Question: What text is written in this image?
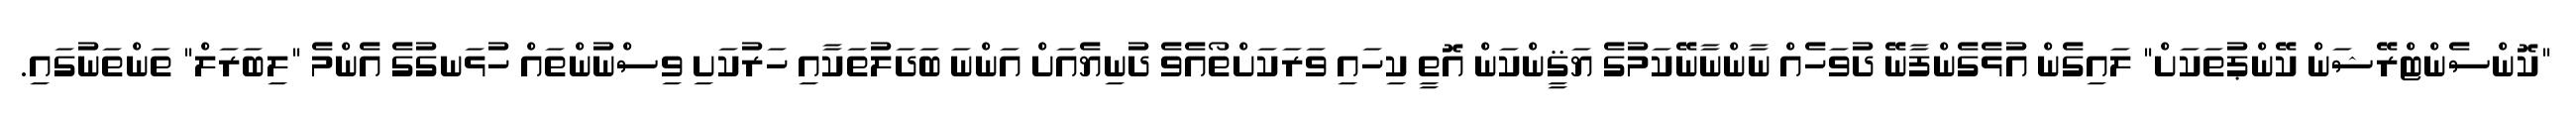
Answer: "ކޮންސެންޓްރޭޝަން ކޭންޕުތަކަށް" ލައިގެން އުޅެގެންފާނޭ ދުވަހެއް ނާންނާނޭކަމުގެ ޔަޤީންކަން އޮތީ ކިހައި ވަރަކަށްތޯއެވެ ދުނިޔެއަށް އަންނަ ބަދަލުތަކާއި ހަރުކަށި ވިސްނުންތައް ހުޅަނގުގެ އެންމެ "ލިބަރަލް" ތަންތަނުގައި.